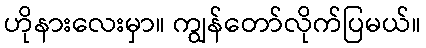
ဟိုနားလေးမှာ။ ကျွန်တော်လိုက်ပြမယ်။